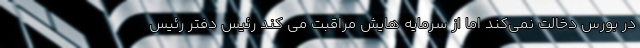
در بورس دخالت نمی‌کند اما از سرمایه هایش مراقبت می کند رئیس دفتر رئیس